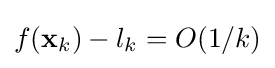
f(\mathbf {x} _{k})-l_{k}=O(1/k)